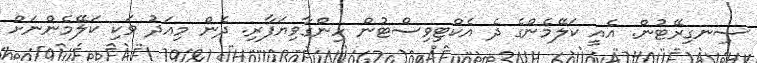
ސިނގިރޭޓުން. އެއީ ކަލޭމެންގެ ދެ އެކްޓިވިސްޓުން ހިންގާވިޔަފާރި. ދެން މިއަދު ވަކި ކަލޭމެންނަށް